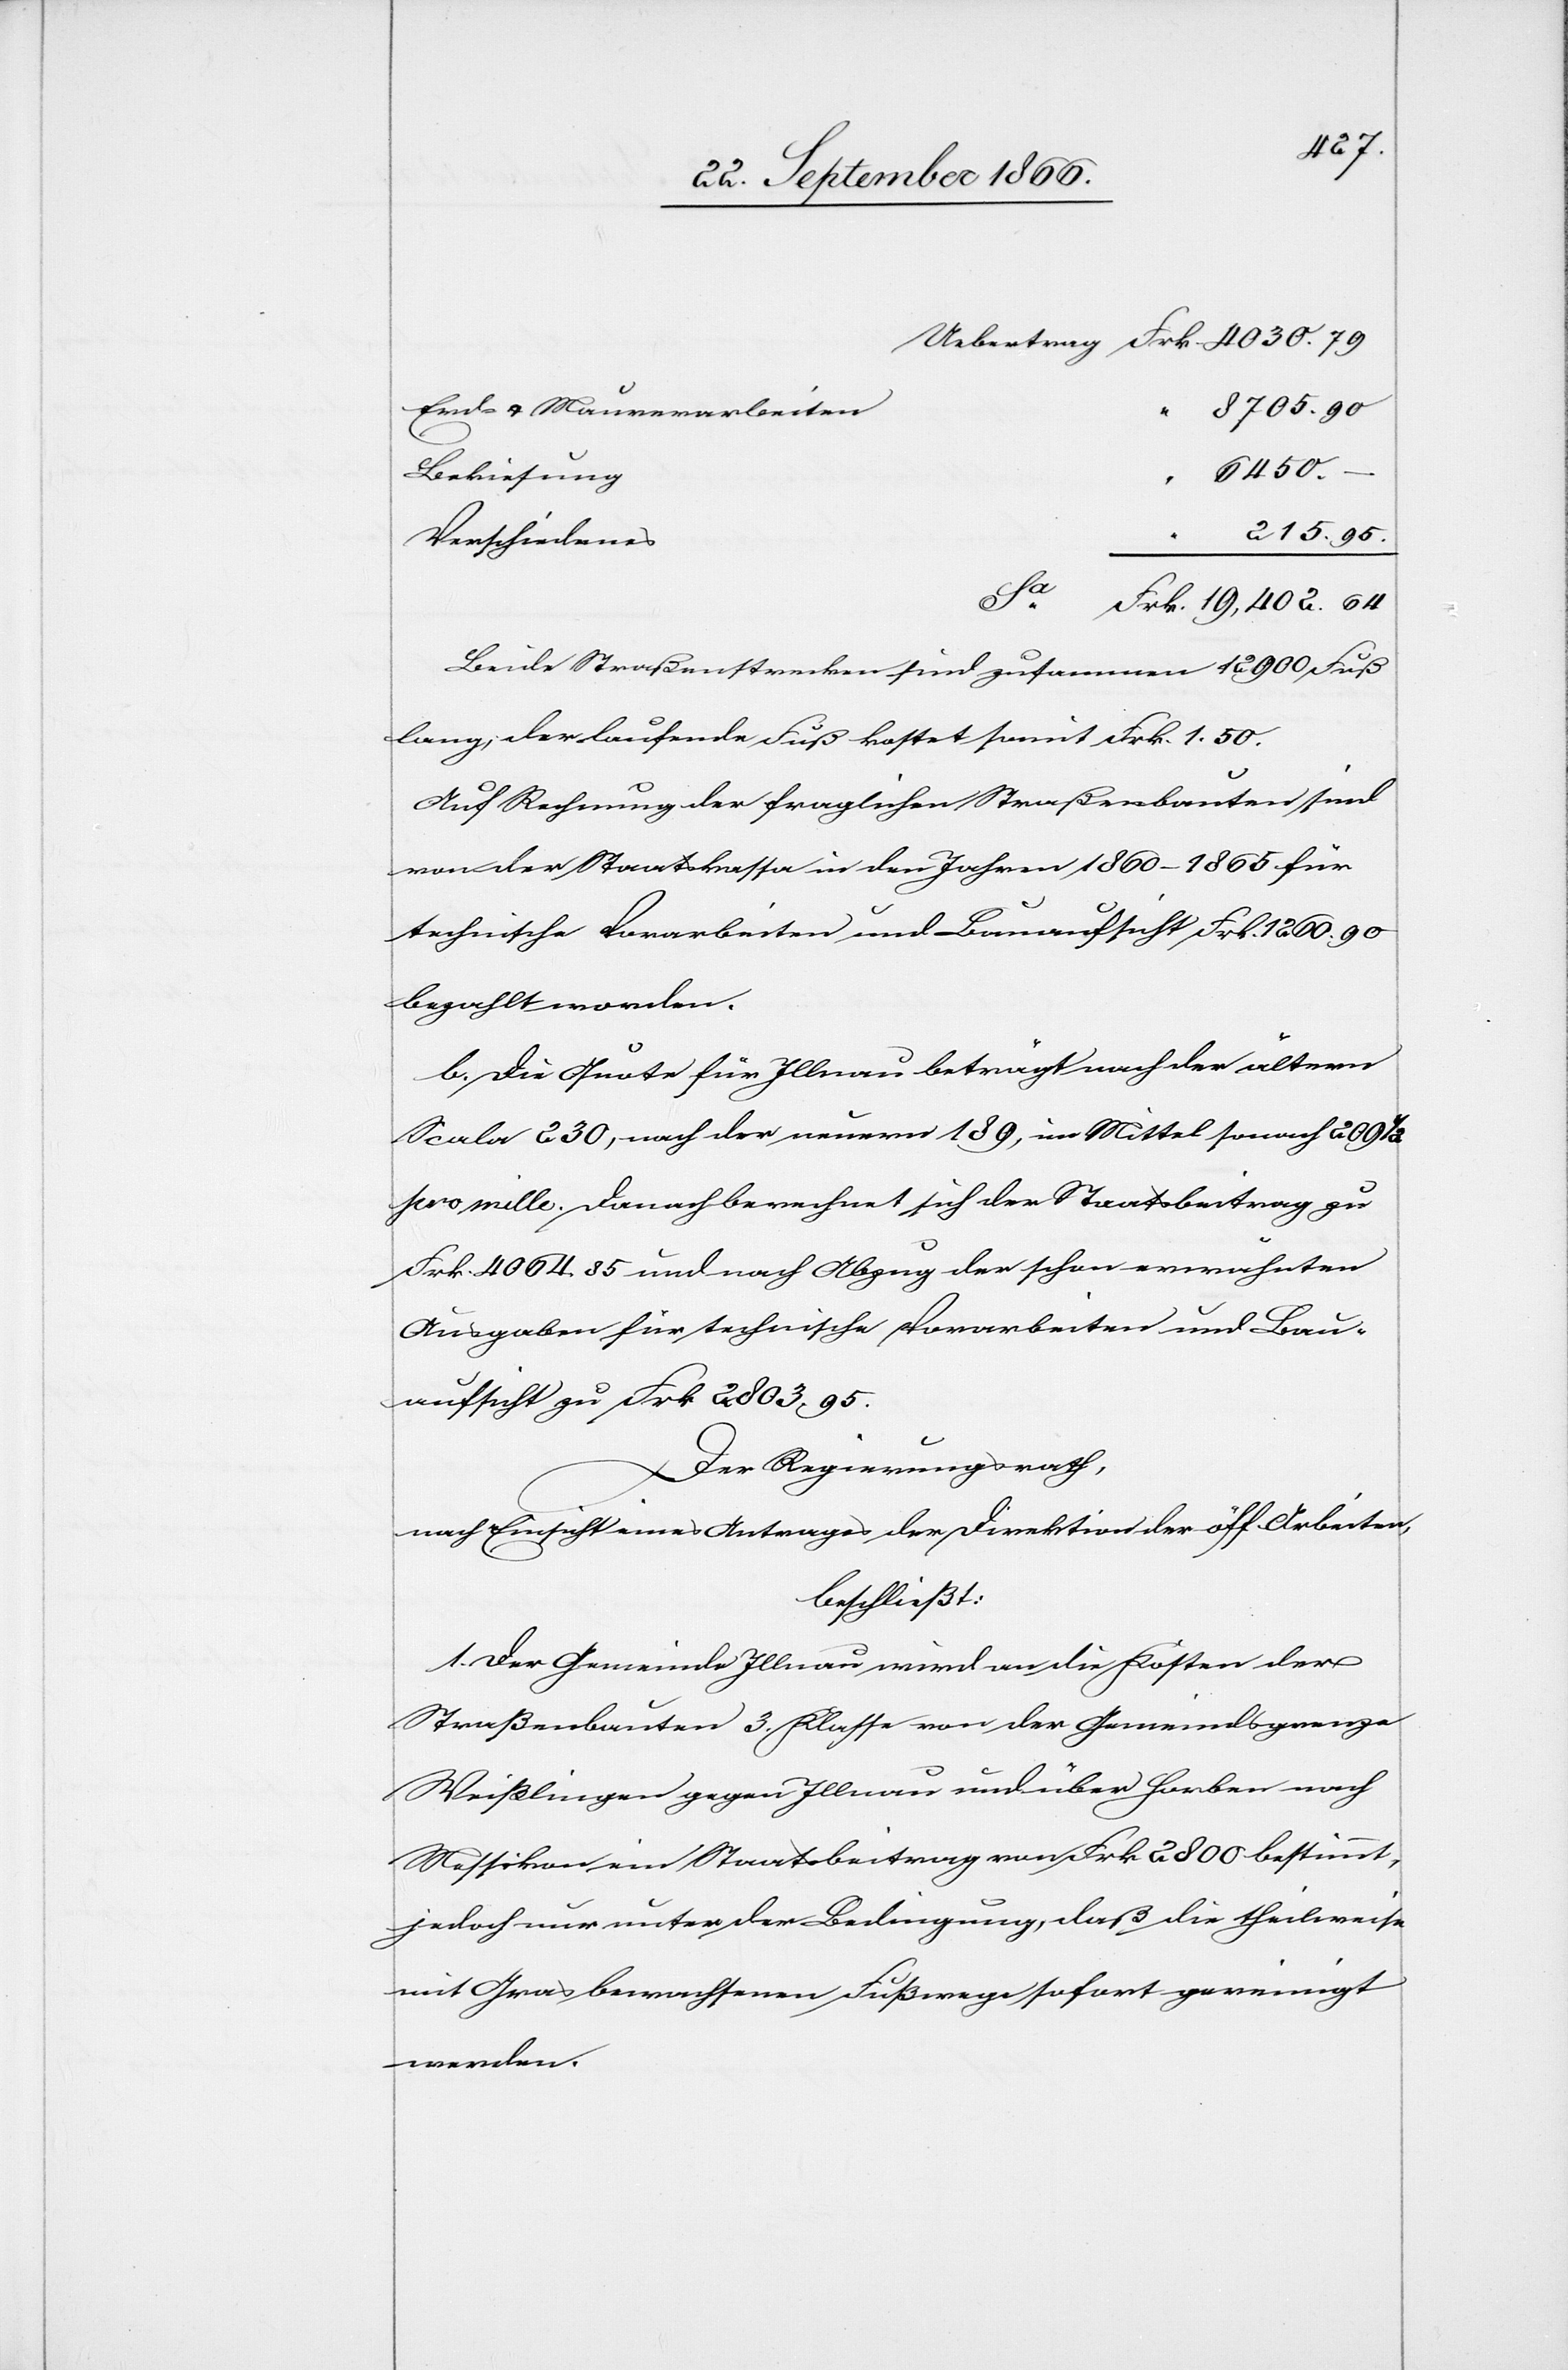
402.
Erd- u. Mauerarbeiten
Sa.
6450.
Bekiesung
215.
Verschiedenes
95.
Beide Straßenstrecken sind zusammen 12 900 Fuß
lang, der laufende Fuß kostet somit Frk. 1.50.
Auf Rechnung der fraglichen Straßenbauten sind
von der Staatskasse in den Jahren 1860–1865 für
technische Vorarbeiten und Bauaufsicht Frk. 1260.90
bezahlt worden.
b. Die Quote für Illnau beträgt nach der ältern
Scala 230, nach der neuern 189, im Mittel sonach 209
pro mille. Danach berechnet sich der Staatsbeitrag zu
Frk. 4064.35 und nach Abzug der schon erwähnten
Ausgaben für technische Vorarbeiten und Bau¬
aufsicht zu Frk. 2803.95.
64
Der Regierungsrath,
nach Einsicht eines Antrages der Direktion der öff. Arbeiten,
beschließt:
1. Der Gemeinde Illnau wird an die Kosten der
Straßenbauten 3. Klasse von der Gemeindsgrenze
Weißlingen gegen Illnau und über Horben nach
Wessikon ein Staatsbeitrag von Frk. 2800 bestimmt,
jedoch nur unter der Bedingung, daß die theilweise
mit Gras bewachsenen Fußwege sofort gereinigt
werden.